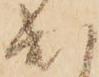
出